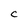
Character: C